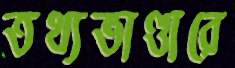
তথ্যভাণ্ডারে